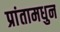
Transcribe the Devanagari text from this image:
प्रांतामधुन